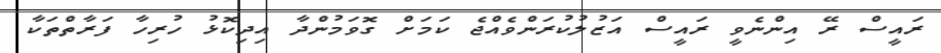
ރައީސް ރޭ އިންނެވީ ރައީސް އަޒުލުކުރަންވެއްޖެ ކަމަށް ގޮވަމުންދާ އިދިކޮޅު ހުރިހާ ފަރާތްތަކާ